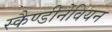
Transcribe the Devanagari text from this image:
स्कैण्डीनेवियन